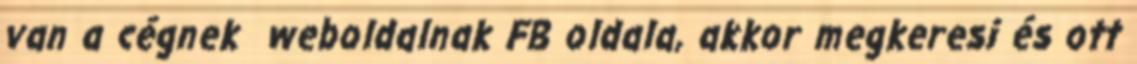
van a cégnek weboldalnak FB oldala, akkor megkeresi és ott